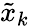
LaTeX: \tilde{x}_{k}